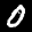
Label: 0